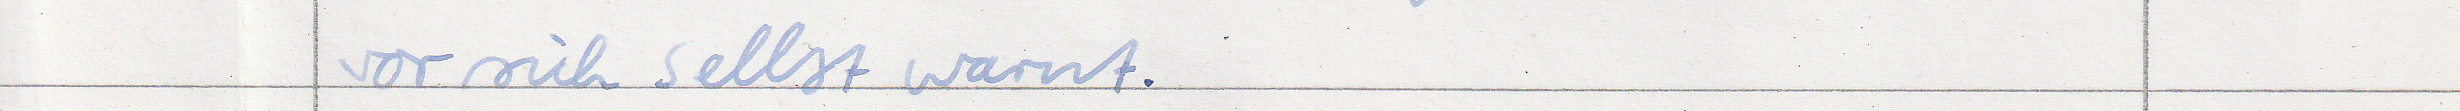
vor sich selbst warnt.